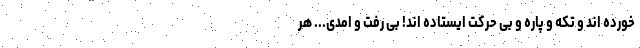
خورده اند و تکه و پاره و بی حرکت ایستاده اند! بی رفت و امدی... هر